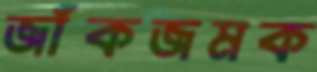
জাঁকজমক